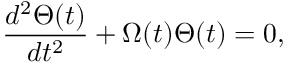
\frac { d ^ { 2 } \Theta ( t ) } { d t ^ { 2 } } + \Omega ( t ) \Theta ( t ) = 0 ,